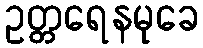
ဥတ္တရေနမုခေ